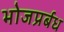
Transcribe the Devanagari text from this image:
भोजप्रर्बध